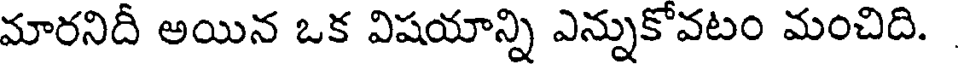
మారనిదీ అయిన ఒక విషయాన్ని ఎన్నుకోవటం మంచిది.